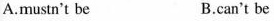
A.mustn't be B.can't be